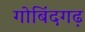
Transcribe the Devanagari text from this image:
गोबिंदगढ़